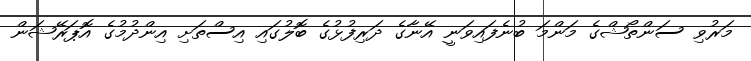
މަރުވި ސަންތޯޝްގެ މަންމަ ބުނެފައިވަނީ އޭނާގެ ދަރިފުޅުގެ ބޮލުގައި އިސްތަށި އިންދުމުގެ އޮޕަރޭޝަން